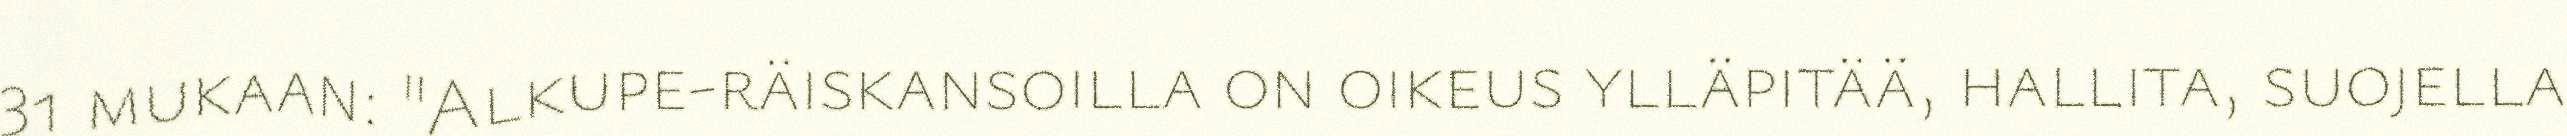
31 mukaan: "Alkupe-räiskansoilla on oikeus ylläpitää, hallita, suojella